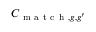
C _ { \mathrm { ~ m ~ a ~ t ~ c ~ h ~ } , g , g ^ { \prime } }